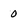
Character: 0